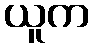
ယူက